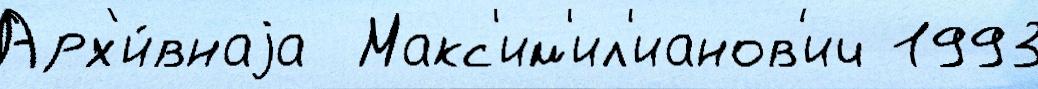
Арх'и́внаjа  Макс'им'ил'ианов'ич 1993